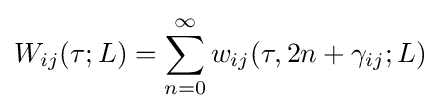
W_{ij}(\tau ;L)=\sum _{n=0}^{\infty }w_{ij}(\tau ,2n+\gamma _{ij};L)